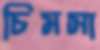
চিমসা